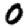
Digit: 0